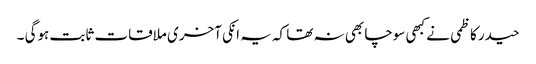
حیدر کاظمی نے کبھی سوچا بھی نہ تھا کہ یہ انکی آخری ملاقات ثابت ہوگی ۔